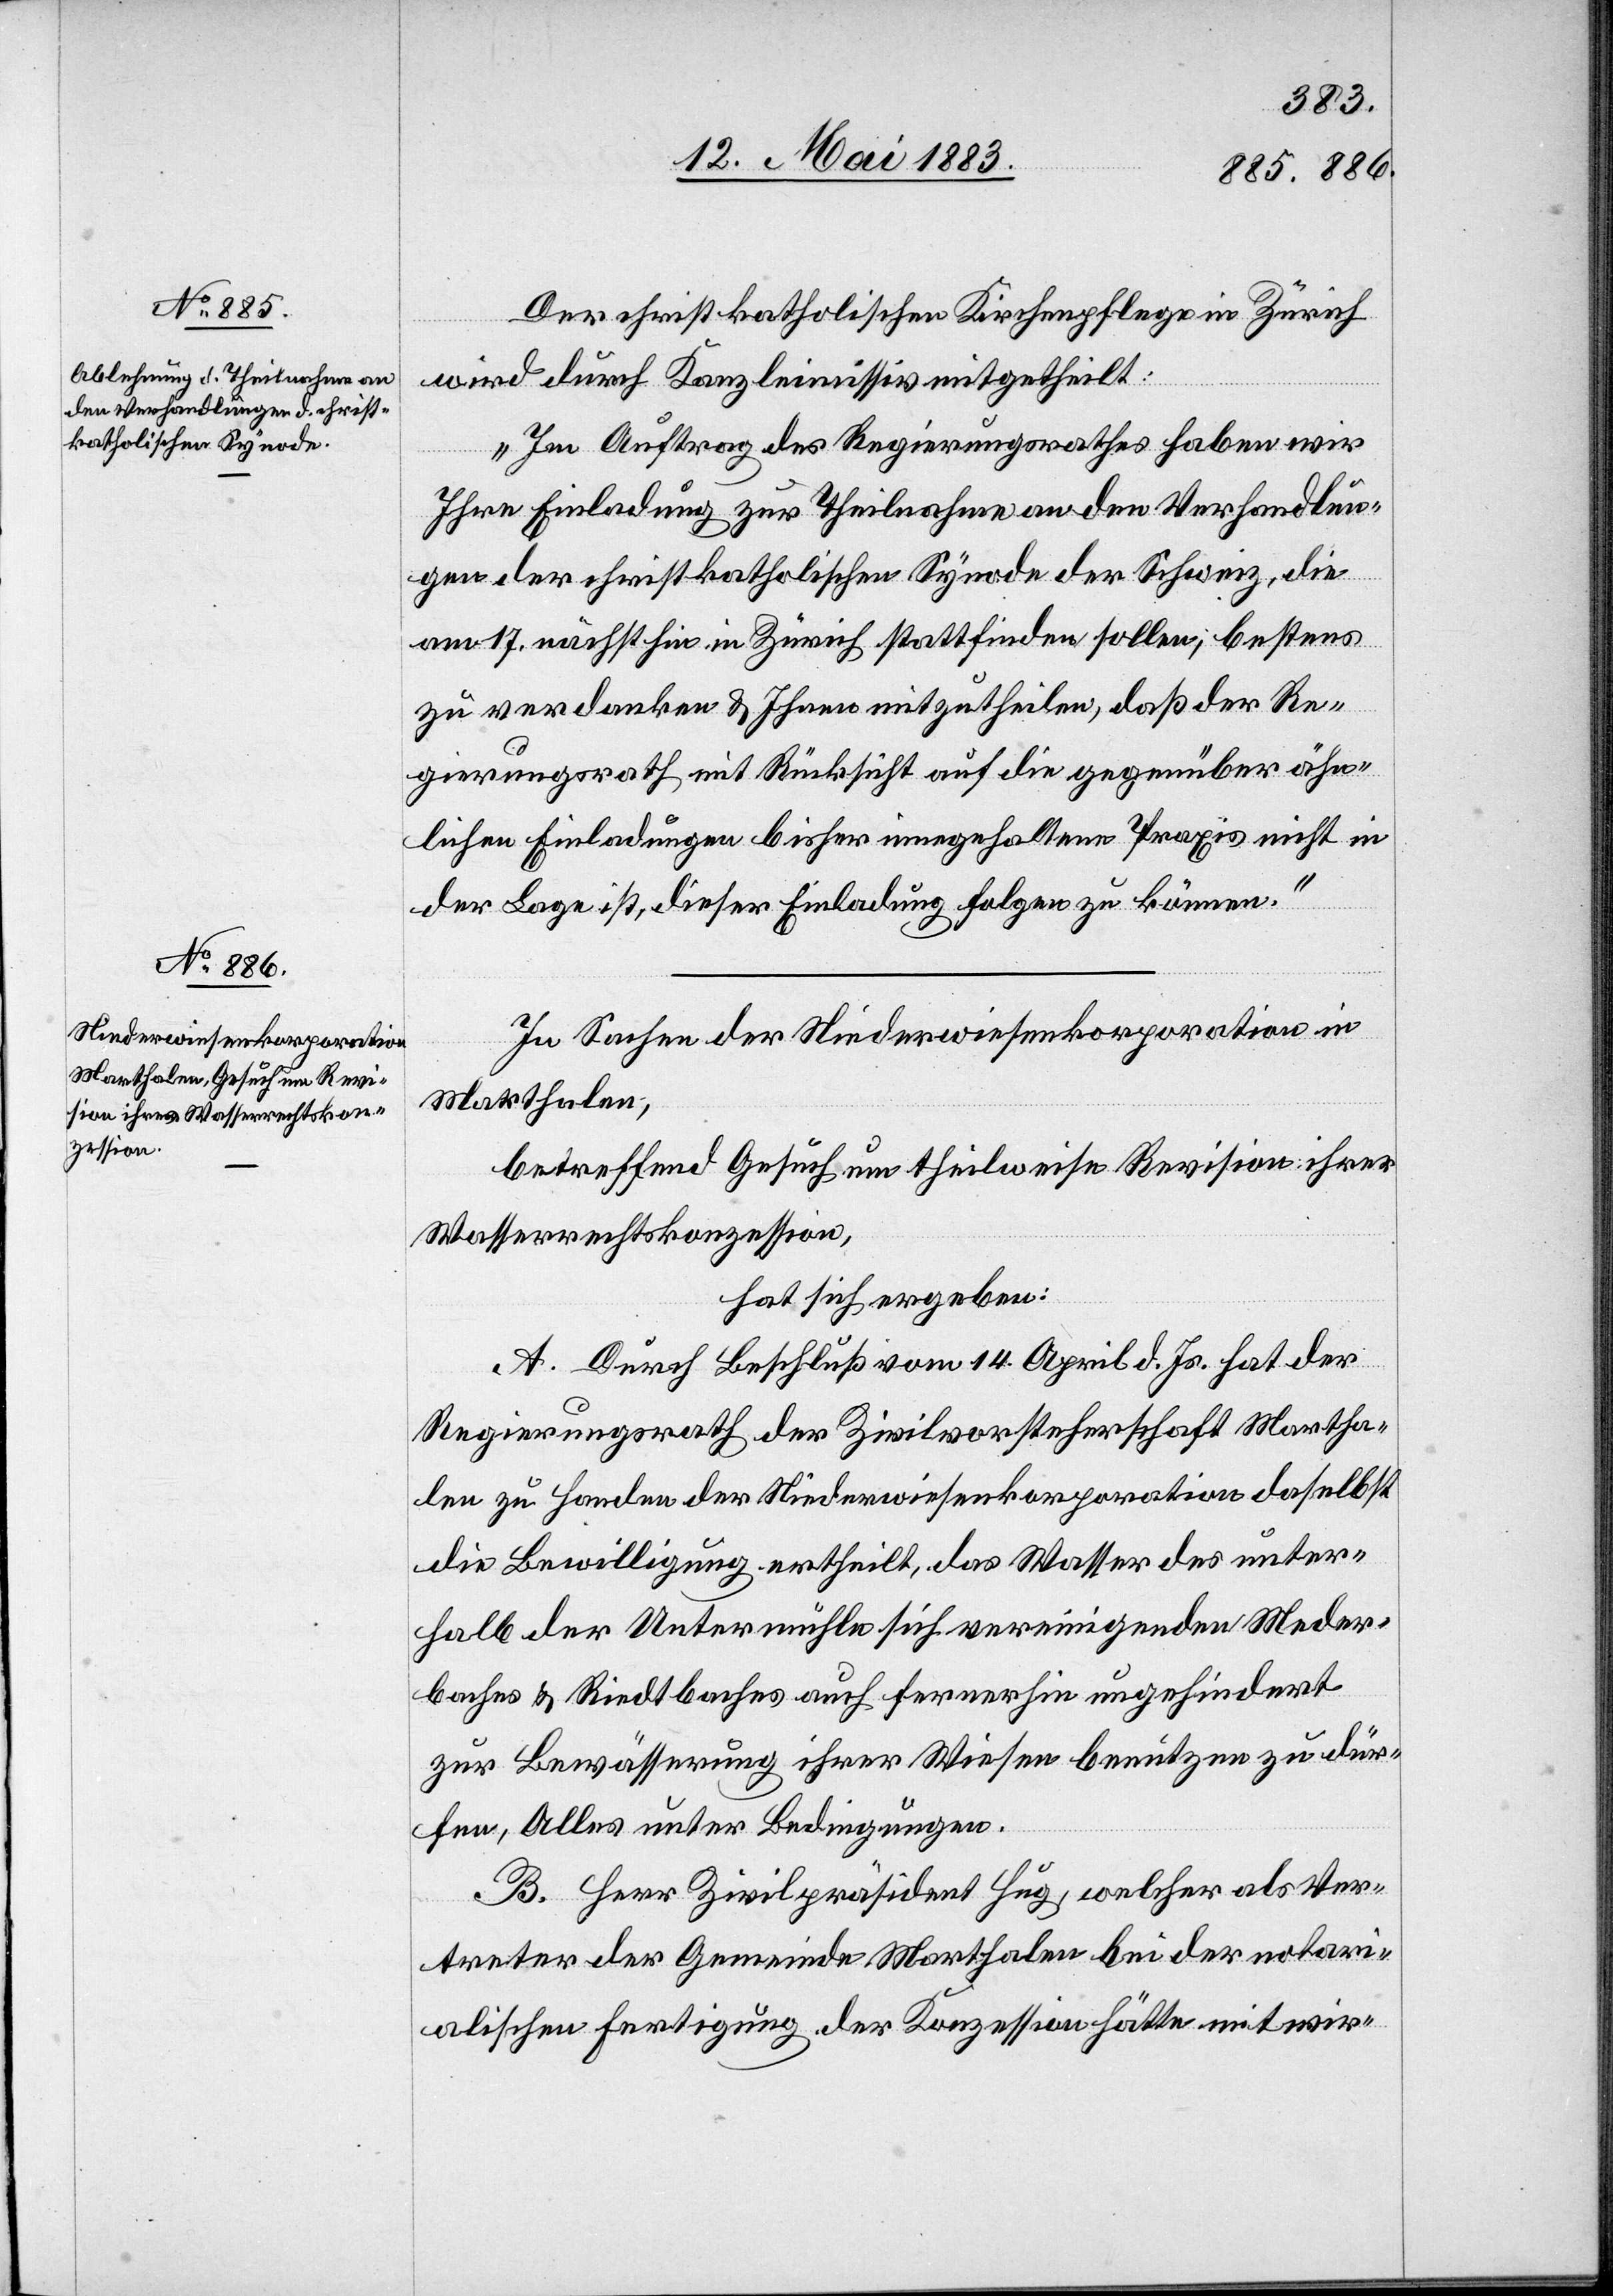
Der christ-katholischen Kirchenpflege in Zürich
wird durch Kanzleimissiv mitgetheilt:
„Im Auftrag des Regierungsrathes haben wir
Ihre Einladung zur Theilnahme an den Verhandlun¬
gen der christ-katholischen Synode der Schweiz, die
am 17. nächsthin in Zürich stattfinden sollen, bestens
zu verdanken & Ihnen mitzutheilen, daß der Re¬
gierungsrath mit Rücksicht auf die gegenüber ähn¬
lichen Einladungen bisher innegehaltene Praxis nicht in
der Lage ist, dieser Einladung folgen zu können.“
In Sachen der Niederwiesenkorporation in
Marthalen,
betreffend Gesuch um theilweise Revision ihrer
Wasserrechtskonzession,
hat sich ergeben:
A. Durch Beschluß vom 14. April d. Js. hat der
Regierungsrath der Zivilvorsteherschaft Martha¬
len zu Handen der Niederwiesenkorporation daselbst
die Bewilligung ertheilt, das Wasser des unter¬
halb der Untermühle sich vereinigenden Meder¬
baches & Riedtbaches auch fernerhin ungehindert
zur Bewässerung ihrer Wiesen benützen zu dür¬
fen, Alles unter Bedingungen.
B. Herr Zivilpräsident Hug, welcher als Ver¬
treter der Gemeinde Marthalen bei der notari¬
alischen Fertigung der Konzession hätte mitwir-